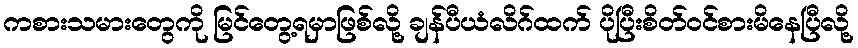
ကစားသမားတွေကို မြင်တွေ့ရမှာဖြစ်လို့ ချန်ပီယံလိဂ်ထက် ပိုပြီးစိတ်ဝင်စားမိနေပြီလို့